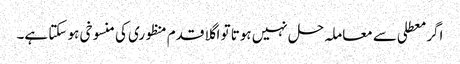
اگر معطلی سے معاملہ حل نہیں ہوتا تو اگلا قدم منظوری کی منسوخی ہو سکتا ہے۔